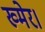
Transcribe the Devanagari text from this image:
ख्मेर।